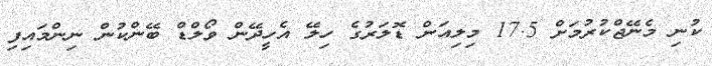
ކުނި މެނޭޖްކުރުމަށް 17.5 މިލިއަން ޑޮލަރުގެ ހިލޭ އެހީދޭން ވޯލްޑް ބޭންކުން ނިންމައިފި